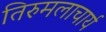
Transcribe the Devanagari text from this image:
तिरुमलाचार्य